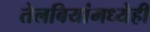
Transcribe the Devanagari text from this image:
तेलबियांमध्येही